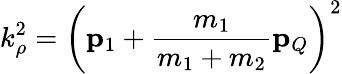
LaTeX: k_{\rho}^{2}=\left({\mathbf p}_{1}+\frac{m_{1}}{m_{1}+m_{2}}{\mathbf p}_{Q}\right)^{2}